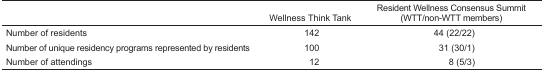
<table><thead><tr><td></td><td><b>Wellness Think Tank</b></td><td><b>Resident Wellness Consensus Summit (WTT/non-WTT members)</b></td></tr></thead><tbody><tr><td>Number of residents</td><td>142</td><td>44 (22/22)</td></tr><tr><td>Number of unique residency programs represented by residents</td><td>100</td><td>31 (30/1)</td></tr><tr><td>Number of attendings</td><td>12</td><td>8 (5/3)</td></tr></tbody></table>